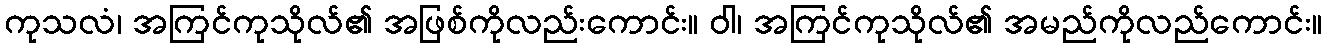
ကုသလံ၊ အကြင်ကုသိုလ်၏ အဖြစ်ကိုလည်းကောင်း။ ဝါ၊ အကြင်ကုသိုလ်၏ အမည်ကိုလည်ကောင်း။